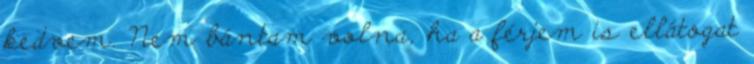
kedvem. Nem bántam volna, ha a férjem is ellátogat